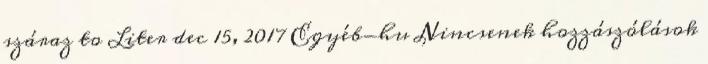
száraz to Liter dec 15, 2017 Egyéb-hu Nincsenek hozzászólások